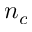
n _ { c }